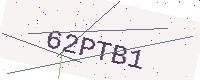
Text: 62PTB1